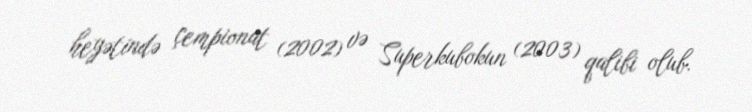
heyətində çempionat (2002) və Superkubokun (2003) qalibi olub.